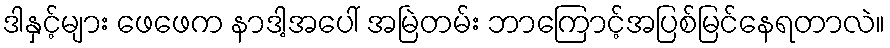
ဒါနှင့်များ ဖေဖေက နာဒါ့အပေါ် အမြဲတမ်း ဘာကြောင့်အပြစ်မြင်နေရတာလဲ။